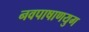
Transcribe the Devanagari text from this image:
नवपाषाणयुग